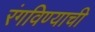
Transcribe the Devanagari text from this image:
रंगविण्याची